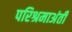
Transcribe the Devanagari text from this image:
परिश्रमाअंती